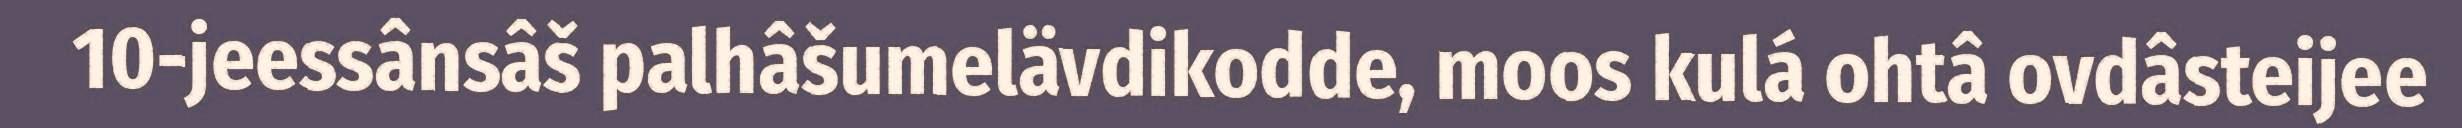
10-jeessânsâš palhâšumelävdikodde, moos kulá ohtâ ovdâsteijee